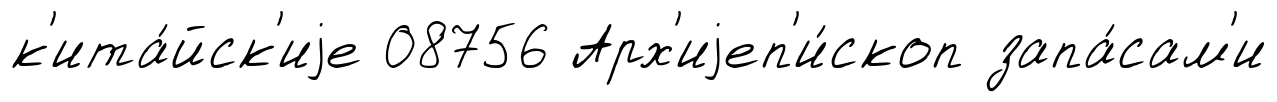
к'ита́йск'иjе 08756 Арх'иjеп'и́скоп запа́сам'и